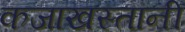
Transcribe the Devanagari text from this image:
कजाखस्तानी